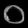
Digit: ၀